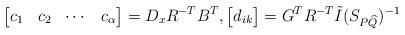
LaTeX: \begin{align*}\left[\begin{matrix}c_1 & c_2 & \cdots & c_{\alpha}\end{matrix}\right] = D_x R^{-T} B^T, \left[\begin{matrix} d_{ik} \end{matrix}\right] = G^TR^{-T}\tilde{I}(S_{P\widehat{Q}})^{-1}\end{align*}